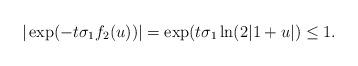
LaTeX: \begin{align*}|\exp(-t\sigma_1 f_2(u))|=\exp(t\sigma_1 \ln(2|1+u|)\leq 1.\end{align*}